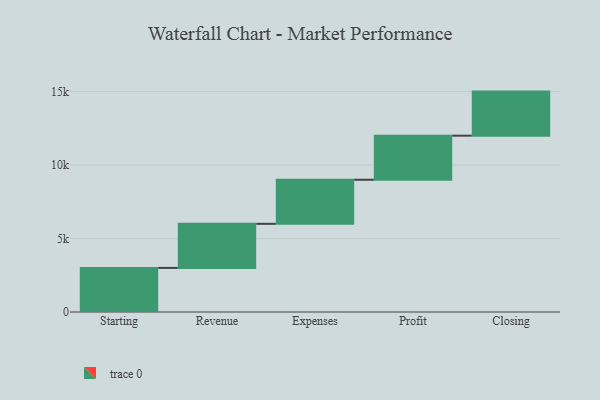
{"axis": {"x": "Step", "y": "Value"}, "legend": [""], "data": [{"x": "Starting", "y": 3000, "type": ""}, {"x": "Revenue", "y": 3000, "type": ""}, {"x": "Expenses", "y": 3000, "type": ""}, {"x": "Profit", "y": 3000, "type": ""}, {"x": "Closing", "y": 3000, "type": ""}]}